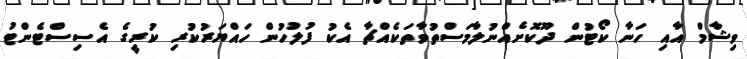
ވިޝާމް އާއި ހަނާ ކޯޓުން ދޫކޮށެއްނުލާމަސްތުވާތަކެއްޗާ އެކު ފުލުހުން ހައްޔަރުކުރި ކުރީގެ އެސިސްޓެންޓު